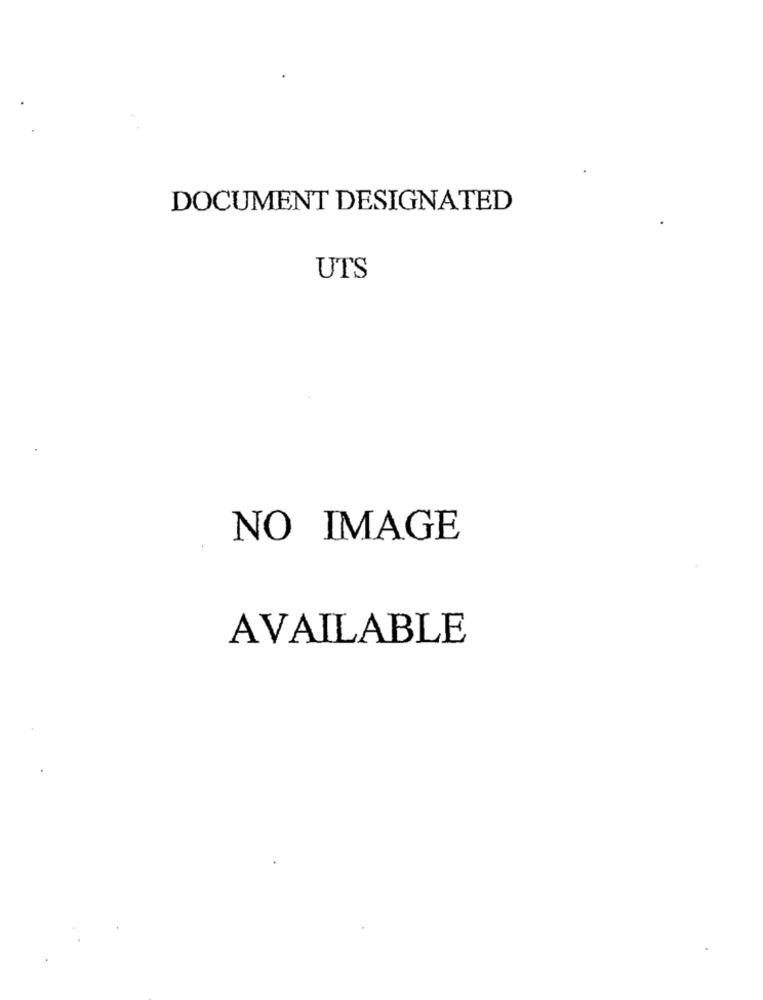
DOCUMENT DESIGNATED
UTS
NO IMAGE
AVAILABLE